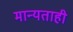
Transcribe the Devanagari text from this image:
मान्यताही